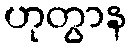
ဟုတွာန